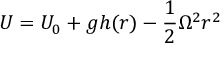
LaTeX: { U } = { U } _ { 0 } + g h ( r ) - { \frac { 1 } { 2 } } \Omega ^ { 2 } r ^ { 2 }